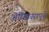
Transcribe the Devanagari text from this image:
अधिकारापुढे